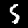
Label: 5